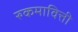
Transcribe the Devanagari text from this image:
रुकमावित्ती